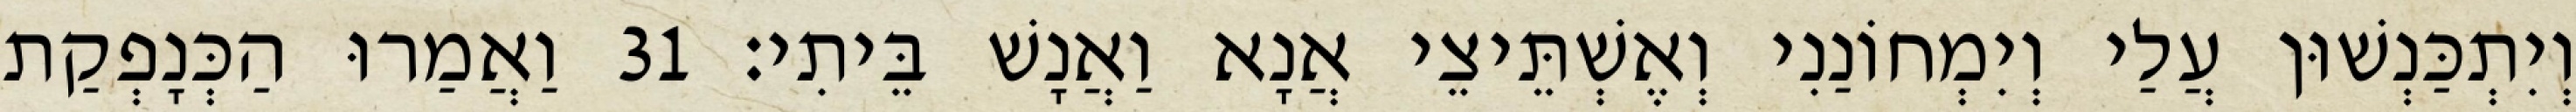
וְיִתְכַּנְשׁוּן עֲלַי וְיִמְחוֹנַנִי וְאֶשְׁתֵּיצֵי אֲנָא וַאֲנָשׁ בֵּיתִי׃ 31 וַאֲמַרוּ הַכְּנָפְקַת